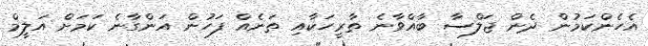
އެހެންކަމުން ދެން ޖަލްސާ ބާއްވާނެ ތާރީހަކާއި ތަނެއް ފަހުން އަންގާނެ ކަމަށް އަލީމް